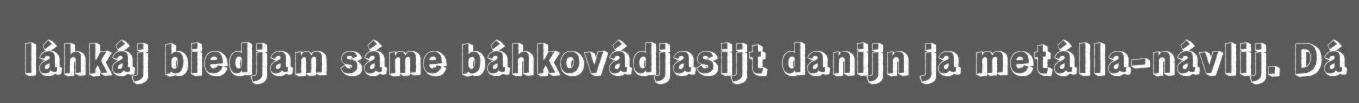
láhkáj biedjam sáme báhkovádjasijt danijn ja metálla-návlij. Dá